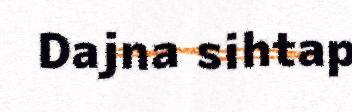
Dajna sihtap